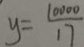
y = \frac { 1 0 0 0 0 } { 1 7 }